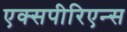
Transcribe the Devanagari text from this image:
एक्सपीरिएन्स